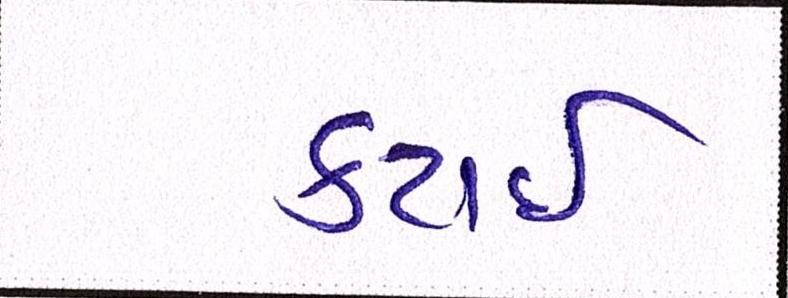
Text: કટાઈ